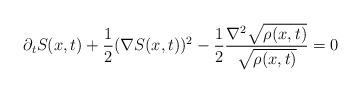
LaTeX: \begin{align*}\partial_t S(x,t) + \frac 1 2 (\nabla S(x, t))^2 -\frac 1 2 \frac {\nabla^2 \sqrt{\rho(x,t)}}{\sqrt{\rho(x,t)}} = 0\end{align*}